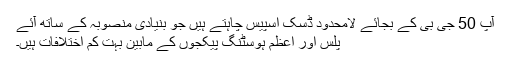
آپ 50 جی بی کے بجائے لامحدود ڈسک اسپیس چاہتے ہیں جو بنیادی منصوبہ کے ساتھ آئے
پلس اور اعظم ہوسٹنگ پیکجوں کے مابین بہت کم اختلافات ہیں۔